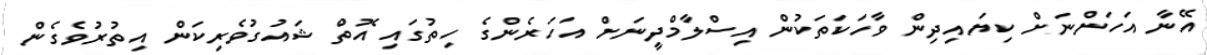
އޭނާ އަހަންނަށް ކިޔައިދިން ވާހަކަތަކުން އިސްލާމްދީނަށް އަހަރެންގެ ހިތުގައި އޮތް ޝައުގުވެރިކަން އިތުރުވެގެން